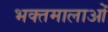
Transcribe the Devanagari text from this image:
भक्तमालाओं